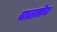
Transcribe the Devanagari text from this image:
चालतोच